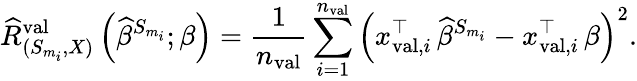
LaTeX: \widehat{R}_{(S_{m_{i}},X)}^{\mathrm{val}}\left(\widehat{\beta}^{S_{m_{i}}};\beta\right)=\frac{1}{n_{\mathrm{val}}}\sum_{i=1}^{n_{\mathrm{val}}}\left(x_{\mathrm{val},i}^{\top}\, \widehat{\beta}^{S_{m_{i}}}-x_{\mathrm{val},i}^{\top}\, \beta\right)^{2}.